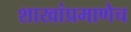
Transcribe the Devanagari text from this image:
शाखांप्रमाणेच